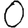
Digit: 0